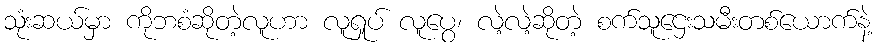
သုံးဆယ်မှာ ကိုဘစံဆိုတဲ့လူဟာ လူရှုပ် လူပွေ၊ လဲ့လဲ့ဆိုတဲ့ စက်သူဌေးသမီးတစ်ယောက်နဲ့